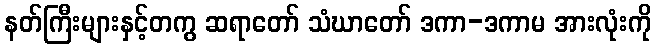
နတ်ကြီးများနှင့်တကွ ဆရာတော် သံဃာတော် ဒကာ-ဒကာမ အားလုံးကို